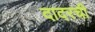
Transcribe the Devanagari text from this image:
दादरची